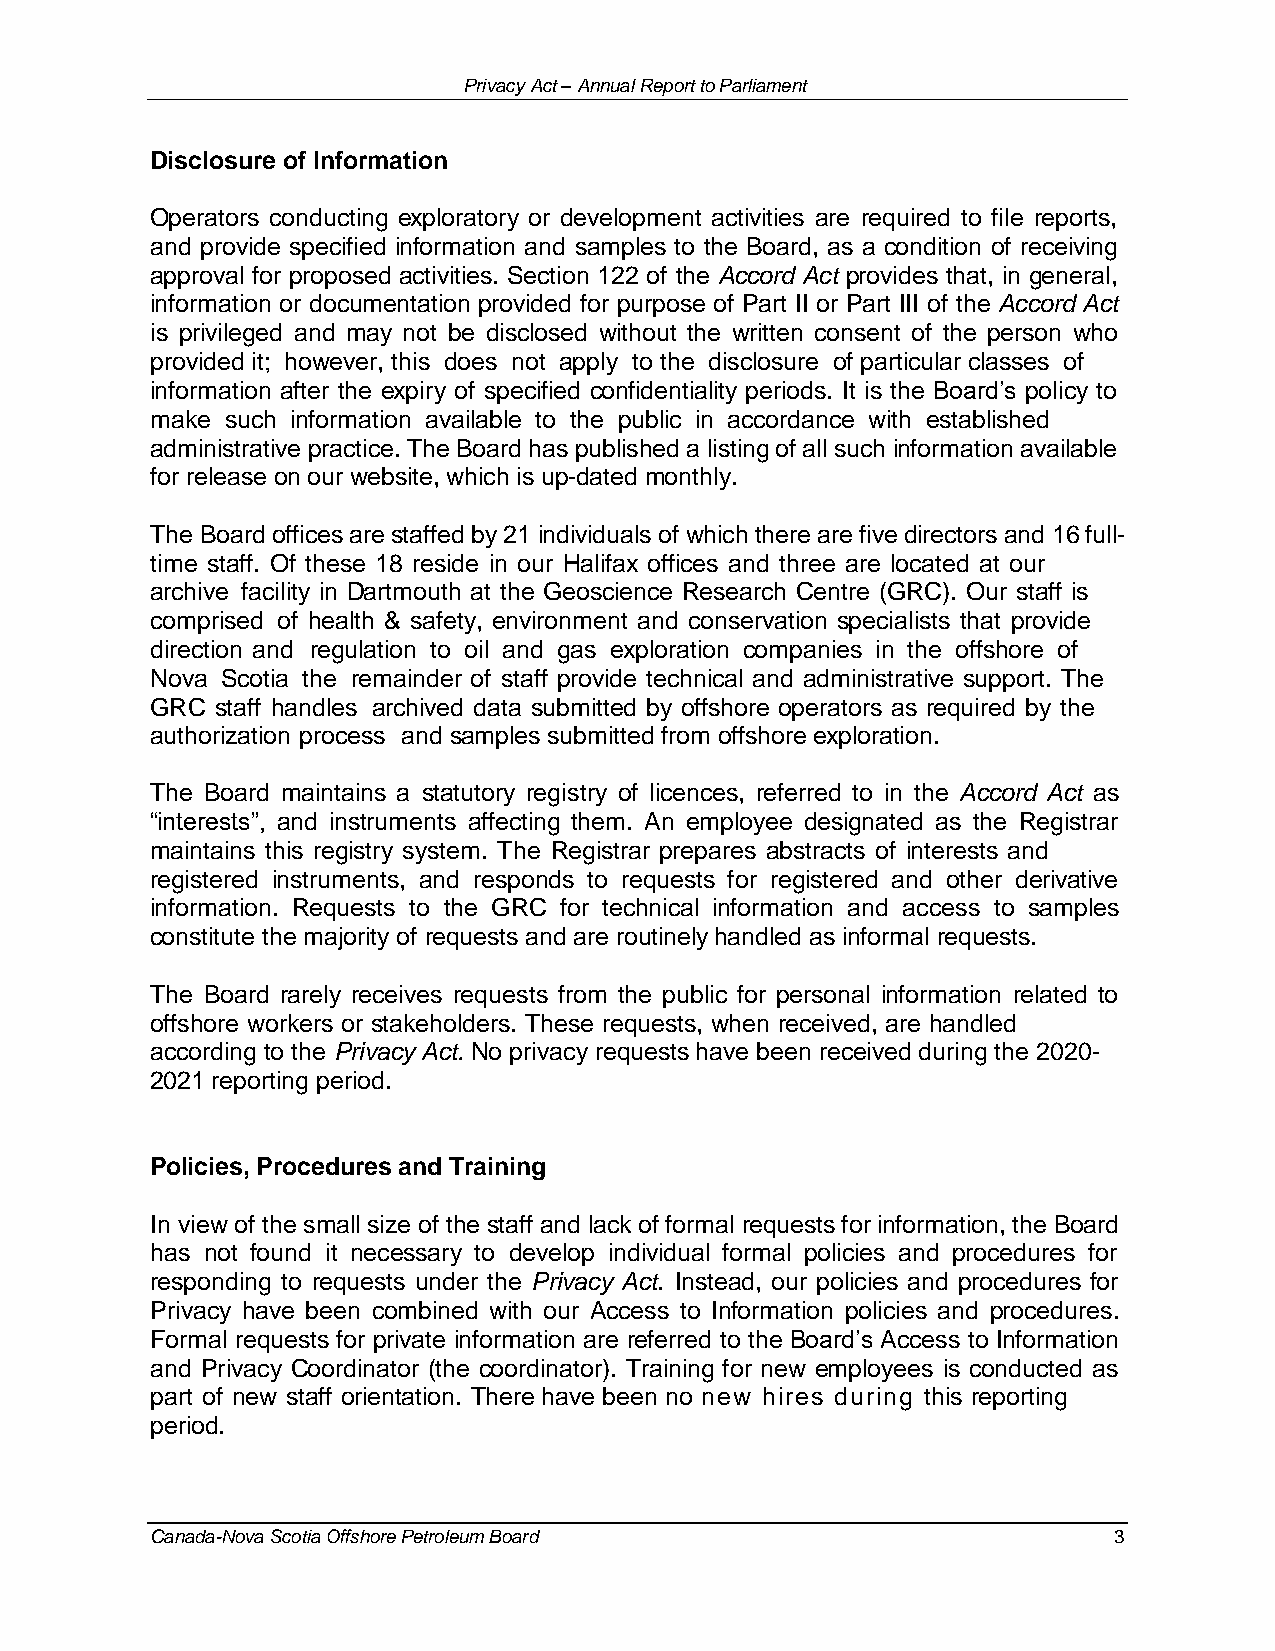
Privacy Act – Annual Report to Parliament
 Disclosure of Information
 Operators conducting exploratory or development activities are required to file reports,
 and provide specified information and samples to the Board, as a condition of receiving
 approval for proposed activities. Section 122 of the Accord Act provides that, in general,
 information or documentation provided for purpose of Part II or Part III of the Accord Act
 is privileged and may not be disclosed without the written consent of the person who
 provided it; however, this does not apply to the disclosure of particular classes of
 information after the expiry of specified confidentiality periods. It is the Board’s policy to
 make such information available to the public in accordance with established
 administrative practice. The Board has published a listing of all such information available
 for release on our website, which is up-dated monthly.
 The Board offices are staffed by 21 individuals of which there are five directors and 16 full-
 time staff. Of these 18 reside in our Halifax offices and three are located at our
 archive facility in Dartmouth at the Geoscience Research Centre (GRC). Our staff is
 comprised of health & safety, environment and conservation specialists that provide
 direction and regulation to oil and gas exploration companies in the offshore of
 Nova Scotia the remainder of staff provide technical and administrative support. The
 GRC staff handles archived data submitted by offshore operators as required by the
 authorization process and samples submitted from offshore exploration.
 The Board maintains a statutory registry of licences, referred to in the Accord Act as
 “interests”, and instruments affecting them. An employee designated as the Registrar
 maintains this registry system. The Registrar prepares abstracts of interests and
 registered instruments, and responds to requests for registered and other derivative
 information. Requests to the GRC for technical information and access to samples
 constitute the majority of requests and are routinely handled as informal requests.
 The Board rarely receives requests from the public for personal information related to
 offshore workers or stakeholders. These requests, when received, are handled
 according to the Privacy Act. No privacy requests have been received during the 2020-
 2021 reporting period.
 Policies, Procedures and Training
 In view of the small size of the staff and lack of formal requests for information, the Board
 has not found it necessary to develop individual formal policies and procedures for
 responding to requests under the Privacy Act. Instead, our policies and procedures for
 Privacy have been combined with our Access to Information policies and procedures.
 Formal requests for private information are referred to the Board’s Access to Information
 and Privacy Coordinator (the coordinator). Training for new employees is conducted as
 part of new staff orientation. There have been no new hires during this reporting
 period.
 Canada-Nova Scotia Offshore Petroleum Board                     3